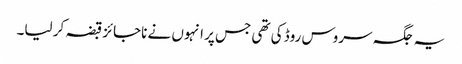
یہ جگہ سروس روڈ کی تھی جس پر انہوں نے ناجائز قبضہ کر لیا۔